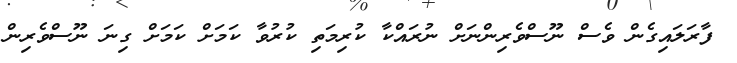
ފާރަލައިގެން ވެސް ނޫސްވެރިންނަށް ނުރައްކާ ކުރިމަތި ކުރުވާ ކަމަށް ކަމަށް ގިނަ ނޫސްވެރިން